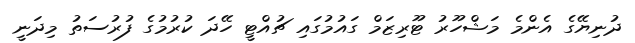
ދުނިޔޭގެ އެންމެ މަޝްހޫރު ޓޫރިޒަމް ގައުމުގައި ޗުއްޓީ ހޭދަ ކުރުމުގެ ފުރުސަތު މިދަނީ